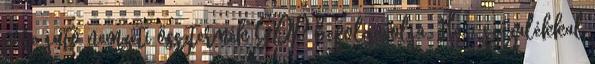
főre jutó nemzeti össztermék GDP befolyásolja. Ha 1 százalékkal